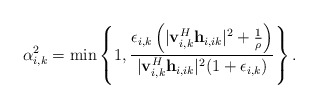
\begin{align*}\alpha_{i,k}^2 = \min\left\{1,\frac{ \epsilon_{i,k}\left( |\mathbf{v}_{i,k}^H\mathbf{h}_{i,ik}|^2 +\frac{1}{\rho}\right)}{|\mathbf{v}_{i,k}^H\mathbf{h}_{i,ik}|^2 (1+\epsilon_{i,k})}\right\}.\end{align*}